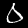
Label: 0